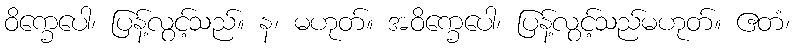
ဝိက္ခေပေါ၊ ပြန့်လွင့်သည်။ န၊ မဟုတ်။ အဝိက္ခေပေါ၊ ပြန့်လွင့်သည်မဟုတ်။ ဧတံ၊